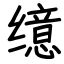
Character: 𫄷